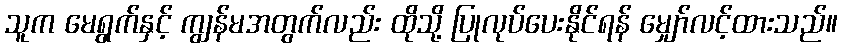
သူက မေရွက်နှင့် ကျွန်မအတွက်လည်း ထိုသို့ ပြုလုပ်ပေးနိုင်ရန် မျှော်လင့်ထားသည်။